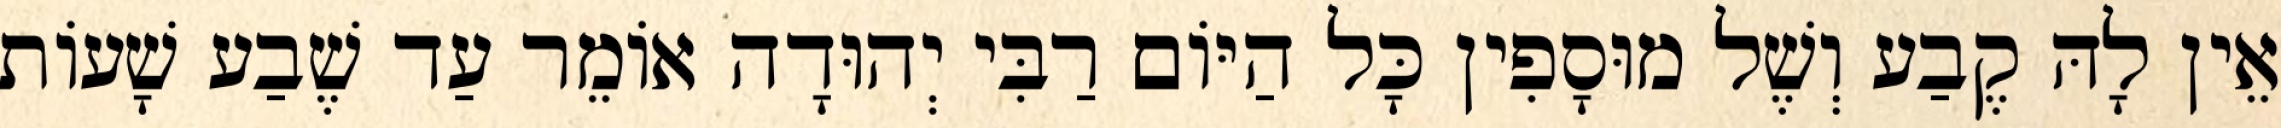
אֵין לָהּ קֶבַע וְשֶׁל מוּסָפִין כָּל הַיּוֹם רַבִּי יְהוּדָה אוֹמֵר עַד שֶׁבַע שָׁעוֹת